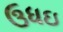
ઉધઇ